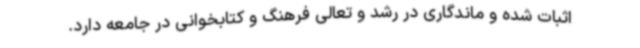
اثبات شده و ماندگاری در رشد و تعالی فرهنگ و کتابخوانی در جامعه دارد.